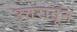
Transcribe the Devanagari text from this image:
उत्तरातून